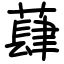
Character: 蕼